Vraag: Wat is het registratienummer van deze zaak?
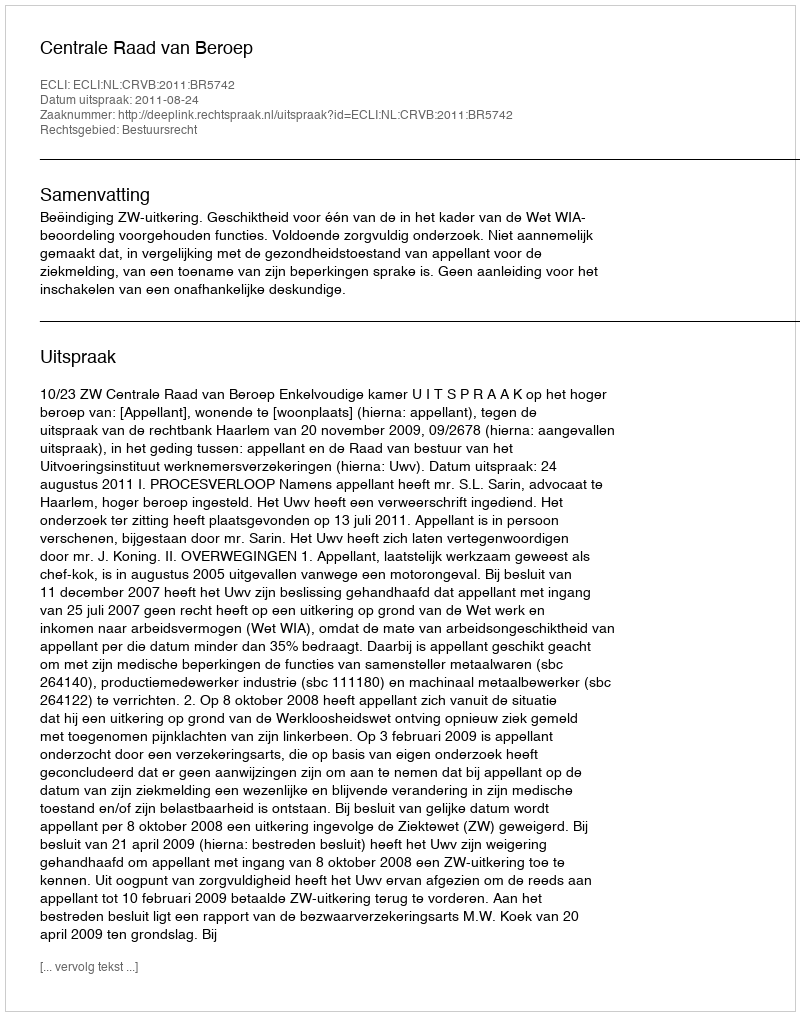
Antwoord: http://deeplink.rechtspraak.nl/uitspraak?id=ECLI:NL:CRVB:2011:BR5742